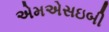
એમએસઇબી